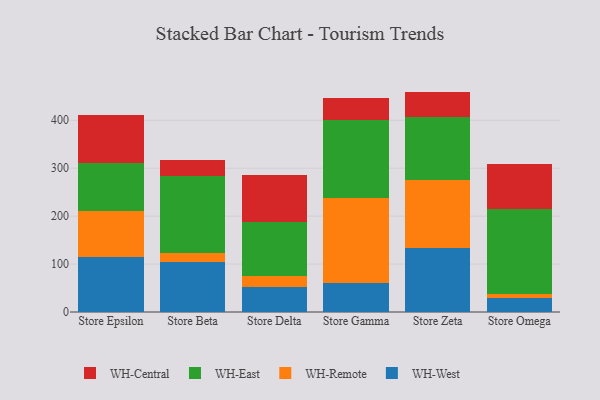
{"axis": {"x": "Store", "y": "Revenue (USD Million)"}, "legend": ["WH-Central", "WH-East", "WH-Remote", "WH-West"], "data": [{"x": "Store Epsilon", "y": 114.2, "type": "WH-West"}, {"x": "Store Epsilon", "y": 96.9, "type": "WH-Remote"}, {"x": "Store Epsilon", "y": 98.9, "type": "WH-East"}, {"x": "Store Epsilon", "y": 101.3, "type": "WH-Central"}, {"x": "Store Beta", "y": 104.2, "type": "WH-West"}, {"x": "Store Beta", "y": 18.4, "type": "WH-Remote"}, {"x": "Store Beta", "y": 161.6, "type": "WH-East"}, {"x": "Store Beta", "y": 33.1, "type": "WH-Central"}, {"x": "Store Delta", "y": 51.6, "type": "WH-West"}, {"x": "Store Delta", "y": 23.6, "type": "WH-Remote"}, {"x": "Store Delta", "y": 111.6, "type": "WH-East"}, {"x": "Store Delta", "y": 99.5, "type": "WH-Central"}, {"x": "Store Gamma", "y": 59.7, "type": "WH-West"}, {"x": "Store Gamma", "y": 177.1, "type": "WH-Remote"}, {"x": "Store Gamma", "y": 163.2, "type": "WH-East"}, {"x": "Store Gamma", "y": 46.6, "type": "WH-Central"}, {"x": "Store Zeta", "y": 133.9, "type": "WH-West"}, {"x": "Store Zeta", "y": 141.6, "type": "WH-Remote"}, {"x": "Store Zeta", "y": 131.4, "type": "WH-East"}, {"x": "Store Zeta", "y": 52.9, "type": "WH-Central"}, {"x": "Store Omega", "y": 29.0, "type": "WH-West"}, {"x": "Store Omega", "y": 9.1, "type": "WH-Remote"}, {"x": "Store Omega", "y": 176.1, "type": "WH-East"}, {"x": "Store Omega", "y": 95.0, "type": "WH-Central"}]}